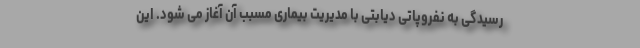
رسیدگی به نفروپاتی دیابتی با مدیریت بیماری مسبب آن آغاز می شود. این